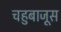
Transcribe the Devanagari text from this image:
चहुबाजूस